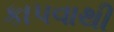
કાપવાથી